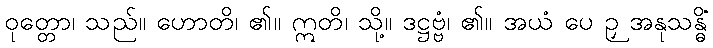
ဝုတ္တော၊ သည်။ ဟောတိ၊ ၏။ ဣတိ၊ သို့။ ဒဋ္ဌဗ္ဗံ၊ ၏။ အယံ ပေ ဉှ အနုသန္ဓိံ